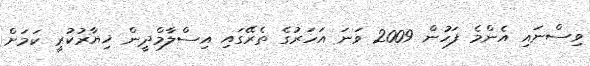
ވިސްނައި އެންމެ ފަހުން 2009 ވަނަ އަހަރުގެ ތެރޭގައި އިސްލާމްދީން ޚިޔާރުކުރީ ކަމަށް